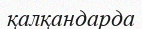
қалқандарда